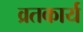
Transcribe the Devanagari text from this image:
व्रतकार्य